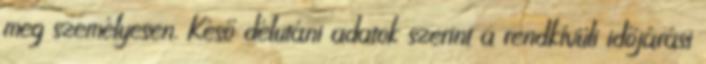
meg személyesen. Késő délutáni adatok szerint a rendkívüli időjárási